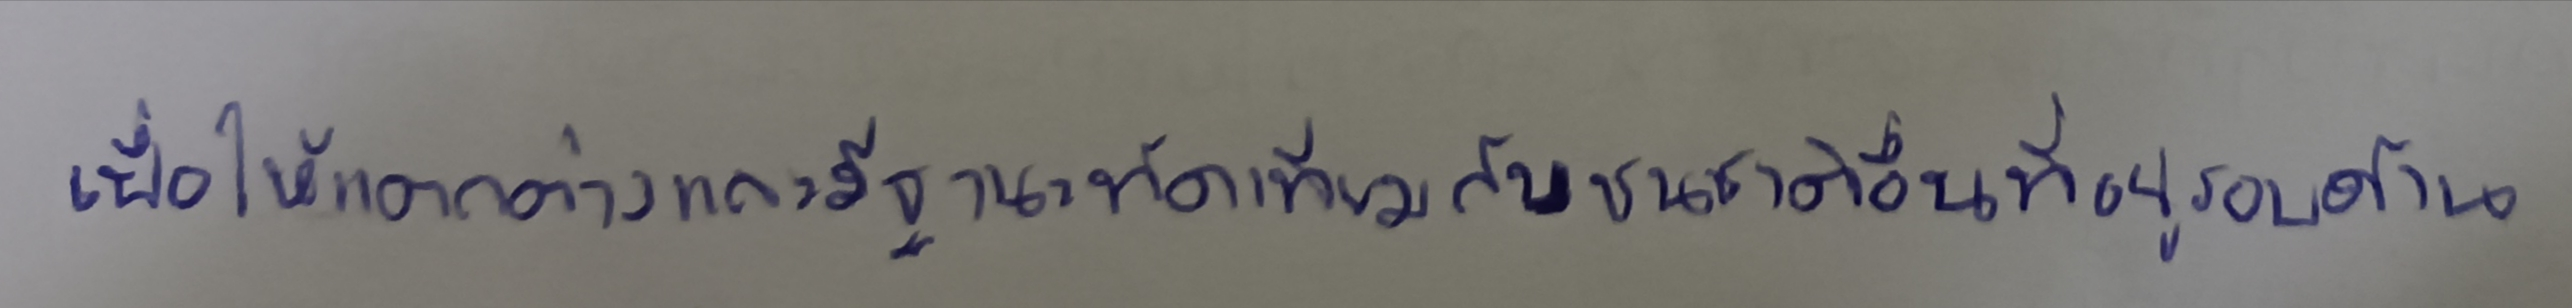
เพื่อให้แตกต่างและมีฐานะทัดเทียมกับชนชาติอื่นที่อยู่รอบด้าน